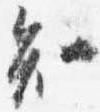
知